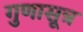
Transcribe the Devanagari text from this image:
गुणासूत्र